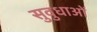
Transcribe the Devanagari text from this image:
सुवुधाओं